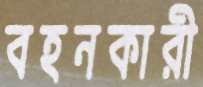
বহনকারী